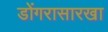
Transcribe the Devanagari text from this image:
डोंगरासारखा